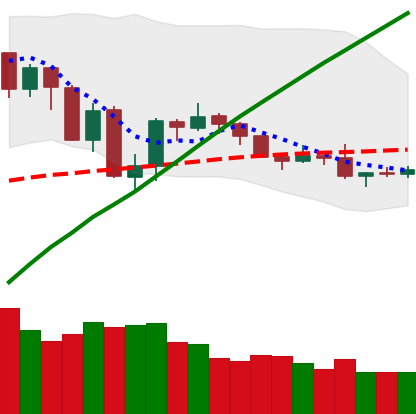
Ticker: BTC-USD
Chart end date: 2019-07-30
Forward return: 14.184%
Label: up_7plus